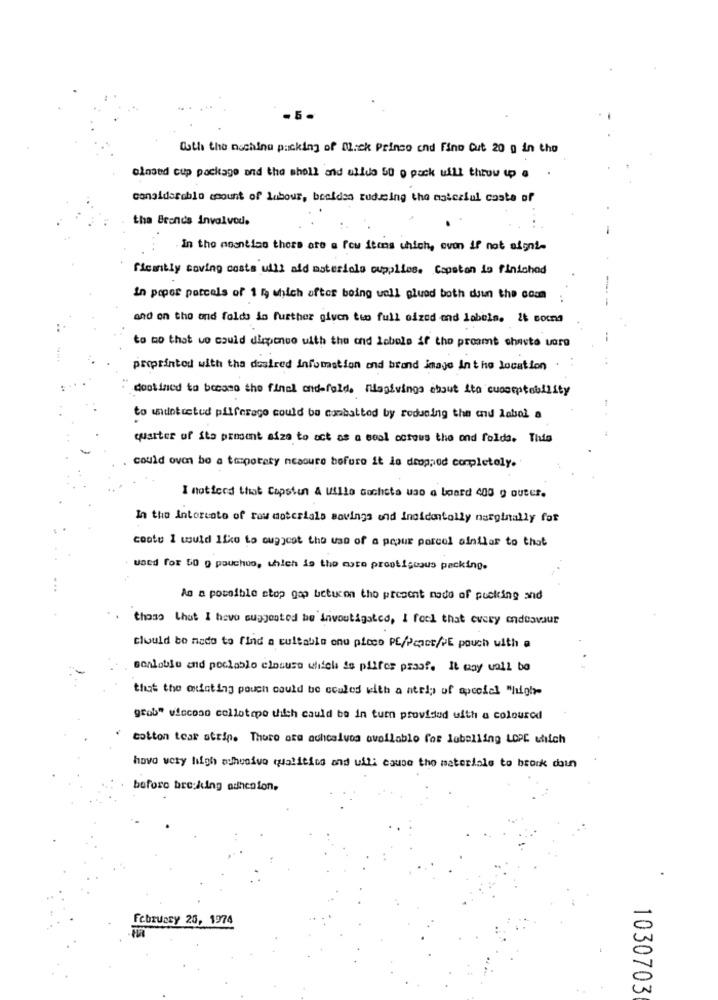
Both the nochinu packing of Mick Prinso end Fino Cut 20 g in the
olnaed cup package and the shell and ulldo 50 o pack uill throw up a
conaldsroblo amount of labour, beeldsa rudusing the material costa of
tha Brands involved.
In the meantime there are a few itens which, even if not signi-
ficantiy soving costs will add moteriola oupplies. Capstan is finichod
in peper parcels of 1 5, which after being well glued both daun the comm
and on the and folds in further given tuo full sized and labels. it somna
to mo that we could dispenuo with the and lobole if the proamt shasta uare
proprintod with the desired infomastion and brand image In the location
destined to becaso the final ondefeld. nilagivinga shout ito cuoceptability
to undotretud pilferago could be combatted by reducing the and labol a
quarter of its prosent aize to act as a cool octows the ond folds. This
could oven be a temporary measure before it le dropped completely.
I noticed that Copsiun & ullio Gochsta uao a board 400 g outer.
In the intorcato of row materials savings and incidentally narginally for
cootu 1 would like to ouggcat the use of a pepur porcel ainllar to that
used for 50 g pouchuo, which is the mute prootistaus packing.
...
As a possible stop gap betucon the present mode of pucking and
those that I have suggested be invoutigated, I feel that every endeavour
clould bo nado to find a cultablo onu picco PE/Pract/PE pouch with a
sonkoble and pelable closure which is pilfer proof. It may uall te
that the existing pouch could be coules with a ntrip of special "high-
grob" wiccoso cellotepe thiich could be in turn provided with a coloured
cotton tear atrip. Thure ase auhcalves available for luballing LOPE uniich
hovo very high schoolve qualities and ulli cause the materiale to brock doin
before bre:king adhesion.
February 20, 1974
1030703